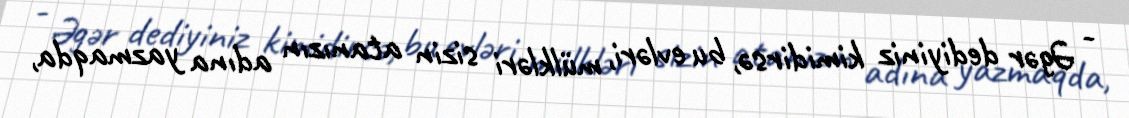
- Əgər dediyiniz kimidirsə, bu evləri, mülkləri sizin atanızın adına yazmaqda,